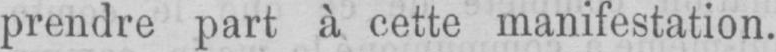
prendre part à cette manifestation.